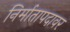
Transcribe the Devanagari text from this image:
निर्मातापदावर